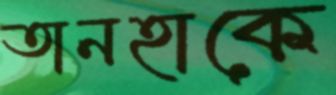
তানহাকে